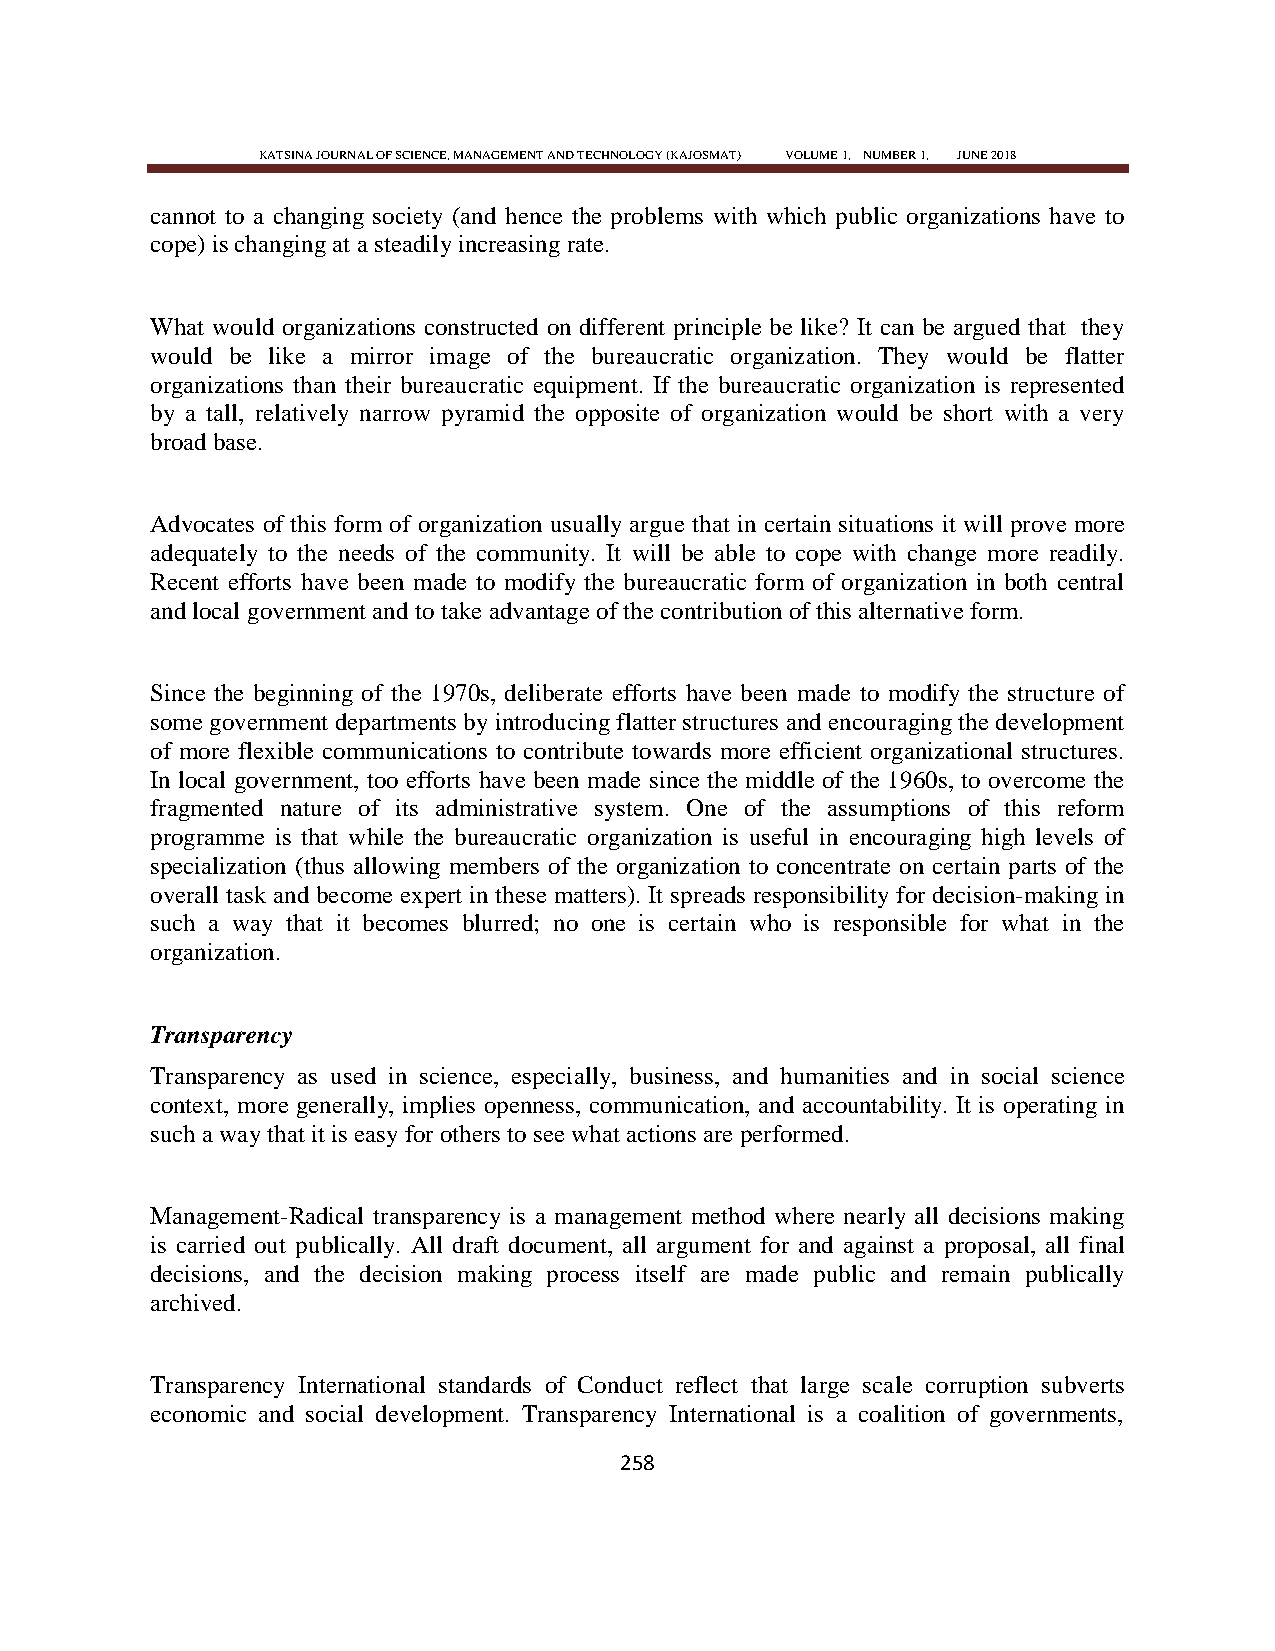
KATSINA JOURNAL OF SCIENCE, MANAGEMENT AND TECHNOLOGY (KAJOSMAT) VOLUME 1, NUMBER 1, JUNE 2018
 cannot to a changing society (and hence the problems with which public organizations have to
 cope) is changing at a steadily increasing rate.
 What would organizations constructed on different principle be like? It can be argued that they
 would be like a mirror image of the bureaucratic organization. They would be flatter
 organizations than their bureaucratic equipment. If the bureaucratic organization is represented
 by a tall, relatively narrow pyramid the opposite of organization would be short with a very
 broad base.
 Advocates of this form of organization usually argue that in certain situations it will prove more
 adequately to the needs of the community. It will be able to cope with change more readily.
 Recent efforts have been made to modify the bureaucratic form of organization in both central
 and local government and to take advantage of the contribution of this alternative form.
 Since the beginning of the 1970s, deliberate efforts have been made to modify the structure of
 some government departments by introducing flatter structures and encouraging the development
 of more flexible communications to contribute towards more efficient organizational structures.
 In local government, too efforts have been made since the middle of the 1960s, to overcome the
 fragmented nature of its administrative system. One of the assumptions of this reform
 programme is that while the bureaucratic organization is useful in encouraging high levels of
 specialization (thus allowing members of the organization to concentrate on certain parts of the
 overall task and become expert in these matters). It spreads responsibility for decision-making in
 such a way that it becomes blurred; no one is certain who is responsible for what in the
 organization.
 Transparency
 Transparency as used in science, especially, business, and humanities and in social science
 context, more generally, implies openness, communication, and accountability. It is operating in
 such a way that it is easy for others to see what actions are performed.
 Management-Radical transparency is a management method where nearly all decisions making
 is carried out publically. All draft document, all argument for and against a proposal, all final
 decisions, and the decision making process itself are made public and remain publically
 archived.
 Transparency International standards of Conduct reflect that large scale corruption subverts
 economic and social development. Transparency International is a coalition of governments,
 258